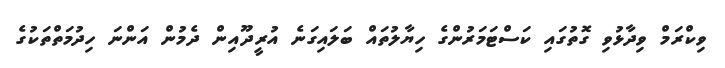
ވިކްރަމް ވިދާޅުވި ގޮތުގައި ކަސްޓަމަރުންގެ ހިޔާލުތައް ބަލައިގަނެ އުރީދޫއިން ދެމުން އަންނަ ހިދުމަތްތަކުގެ